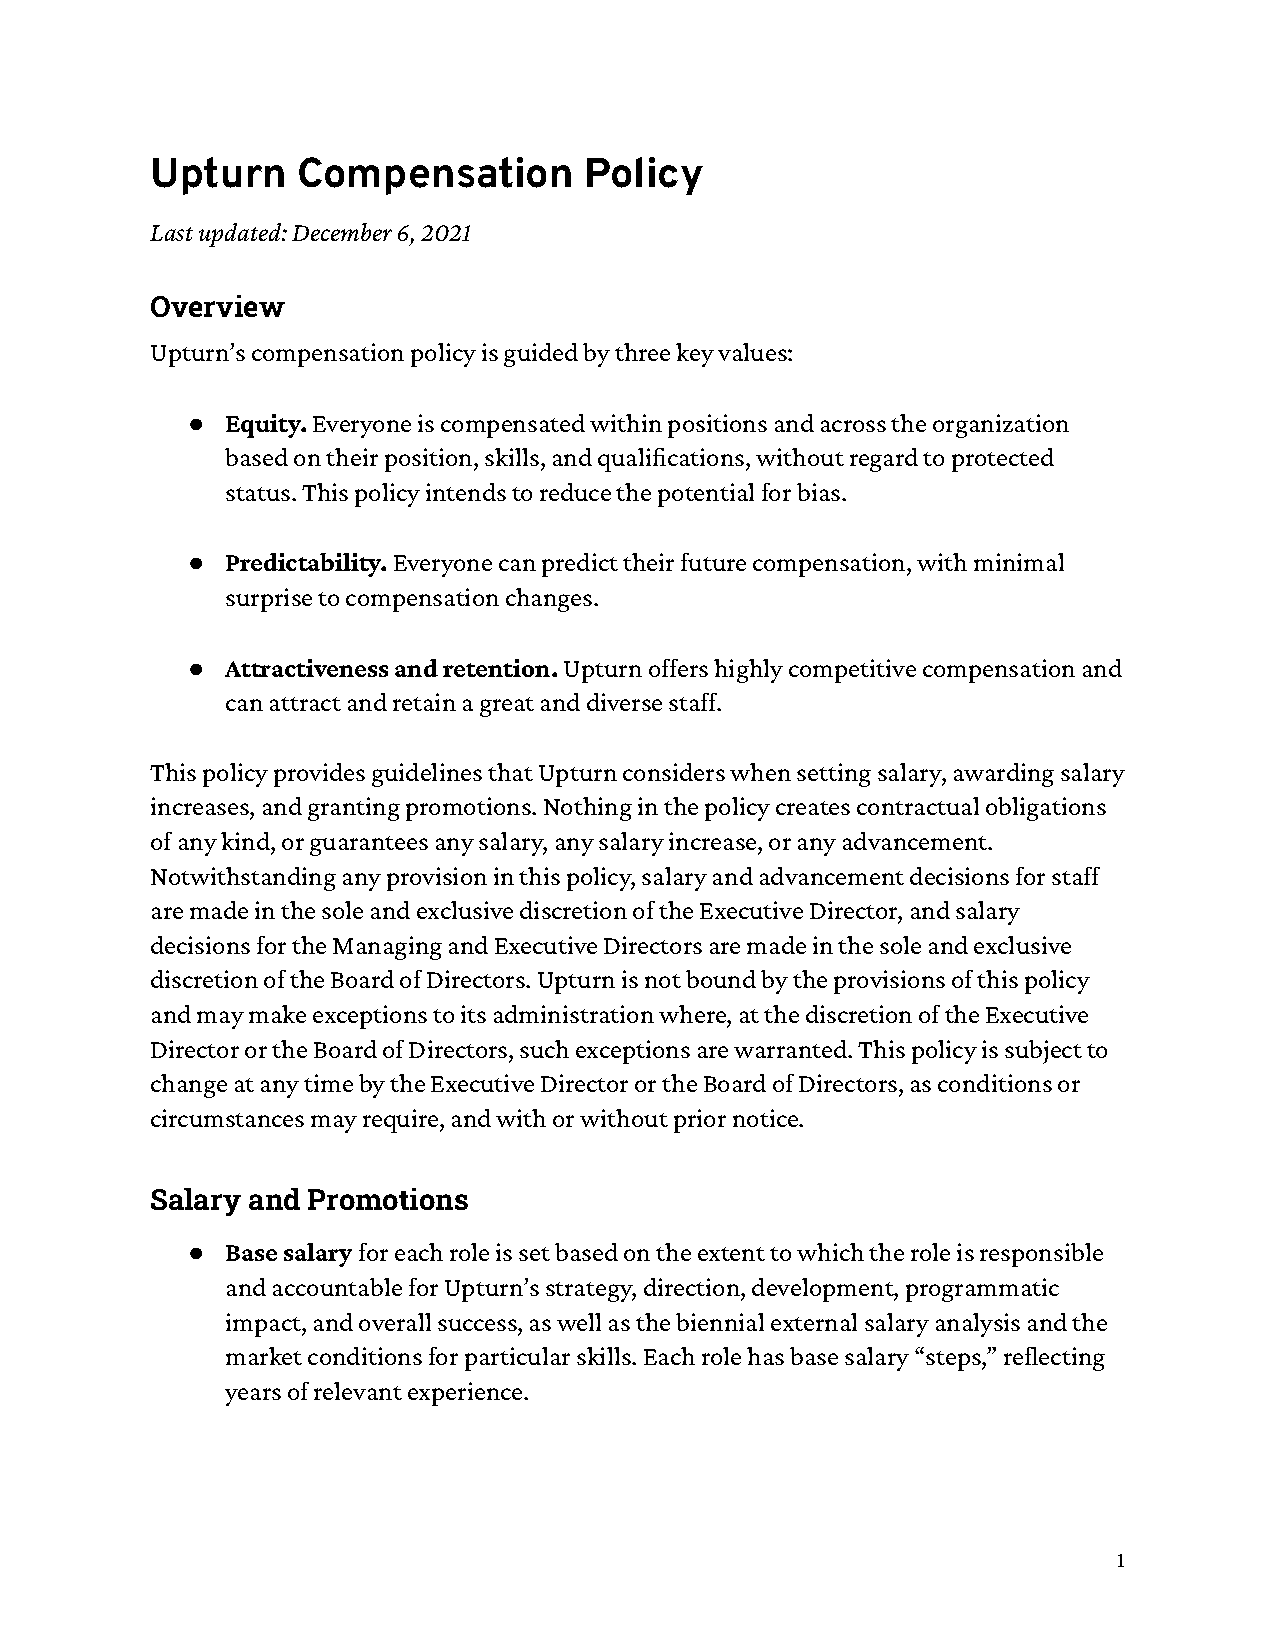
Upturn    Compensation       Policy
 Last updated: December 6, 2021
 Overview
 Upturn’s compensation policy is guided by three key values:
 ●  Equity.Everyone is compensated within positions andacross the organization
 based on their position, skills, and qualications, without regard to protected
 status. This policy intends to reduce the potential for bias.
 ●  Predictability.Everyone can predict their futurecompensation, with minimal
 surprise to compensation changes.
 ●  Attractiveness and retention.Upturn offers highlycompetitive compensation and
 can attract and retain a great and diverse staff.
 This policy provides guidelines that Upturn considers when setting salary, awarding salary
 increases, and granting promotions. Nothing in the policy creates contractual obligations
 of any kind, or guarantees any salary, any salary increase, or any advancement.
 Notwithstanding any provision in this policy, salary and advancement decisions for staff
 are made in the sole and exclusive discretion of the Executive Director, and salary
 decisions for the Managing and Executive Directors are made in the sole and exclusive
 discretion of the Board of Directors. Upturn is not bound by the provisions of this policy
 and may make exceptions to its administration where, at the discretion of the Executive
 Director or the Board of Directors, such exceptions are warranted. This policy is subject to
 change at any time by the Executive Director or the Board of Directors, as conditions or
 circumstances may require, and with or without prior notice.
 Salary and Promotions
 ●  Base salaryfor each role is set based on the extentto which the role is responsible
 and accountable for Upturn’s strategy, direction, development, programmatic
 impact, and overall success, as well as the biennial external salary analysis and the
 market conditions for particular skills. Each role has base salary “steps,” reecting
 years of relevant experience.
 1